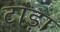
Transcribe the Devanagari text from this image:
टांड़ा